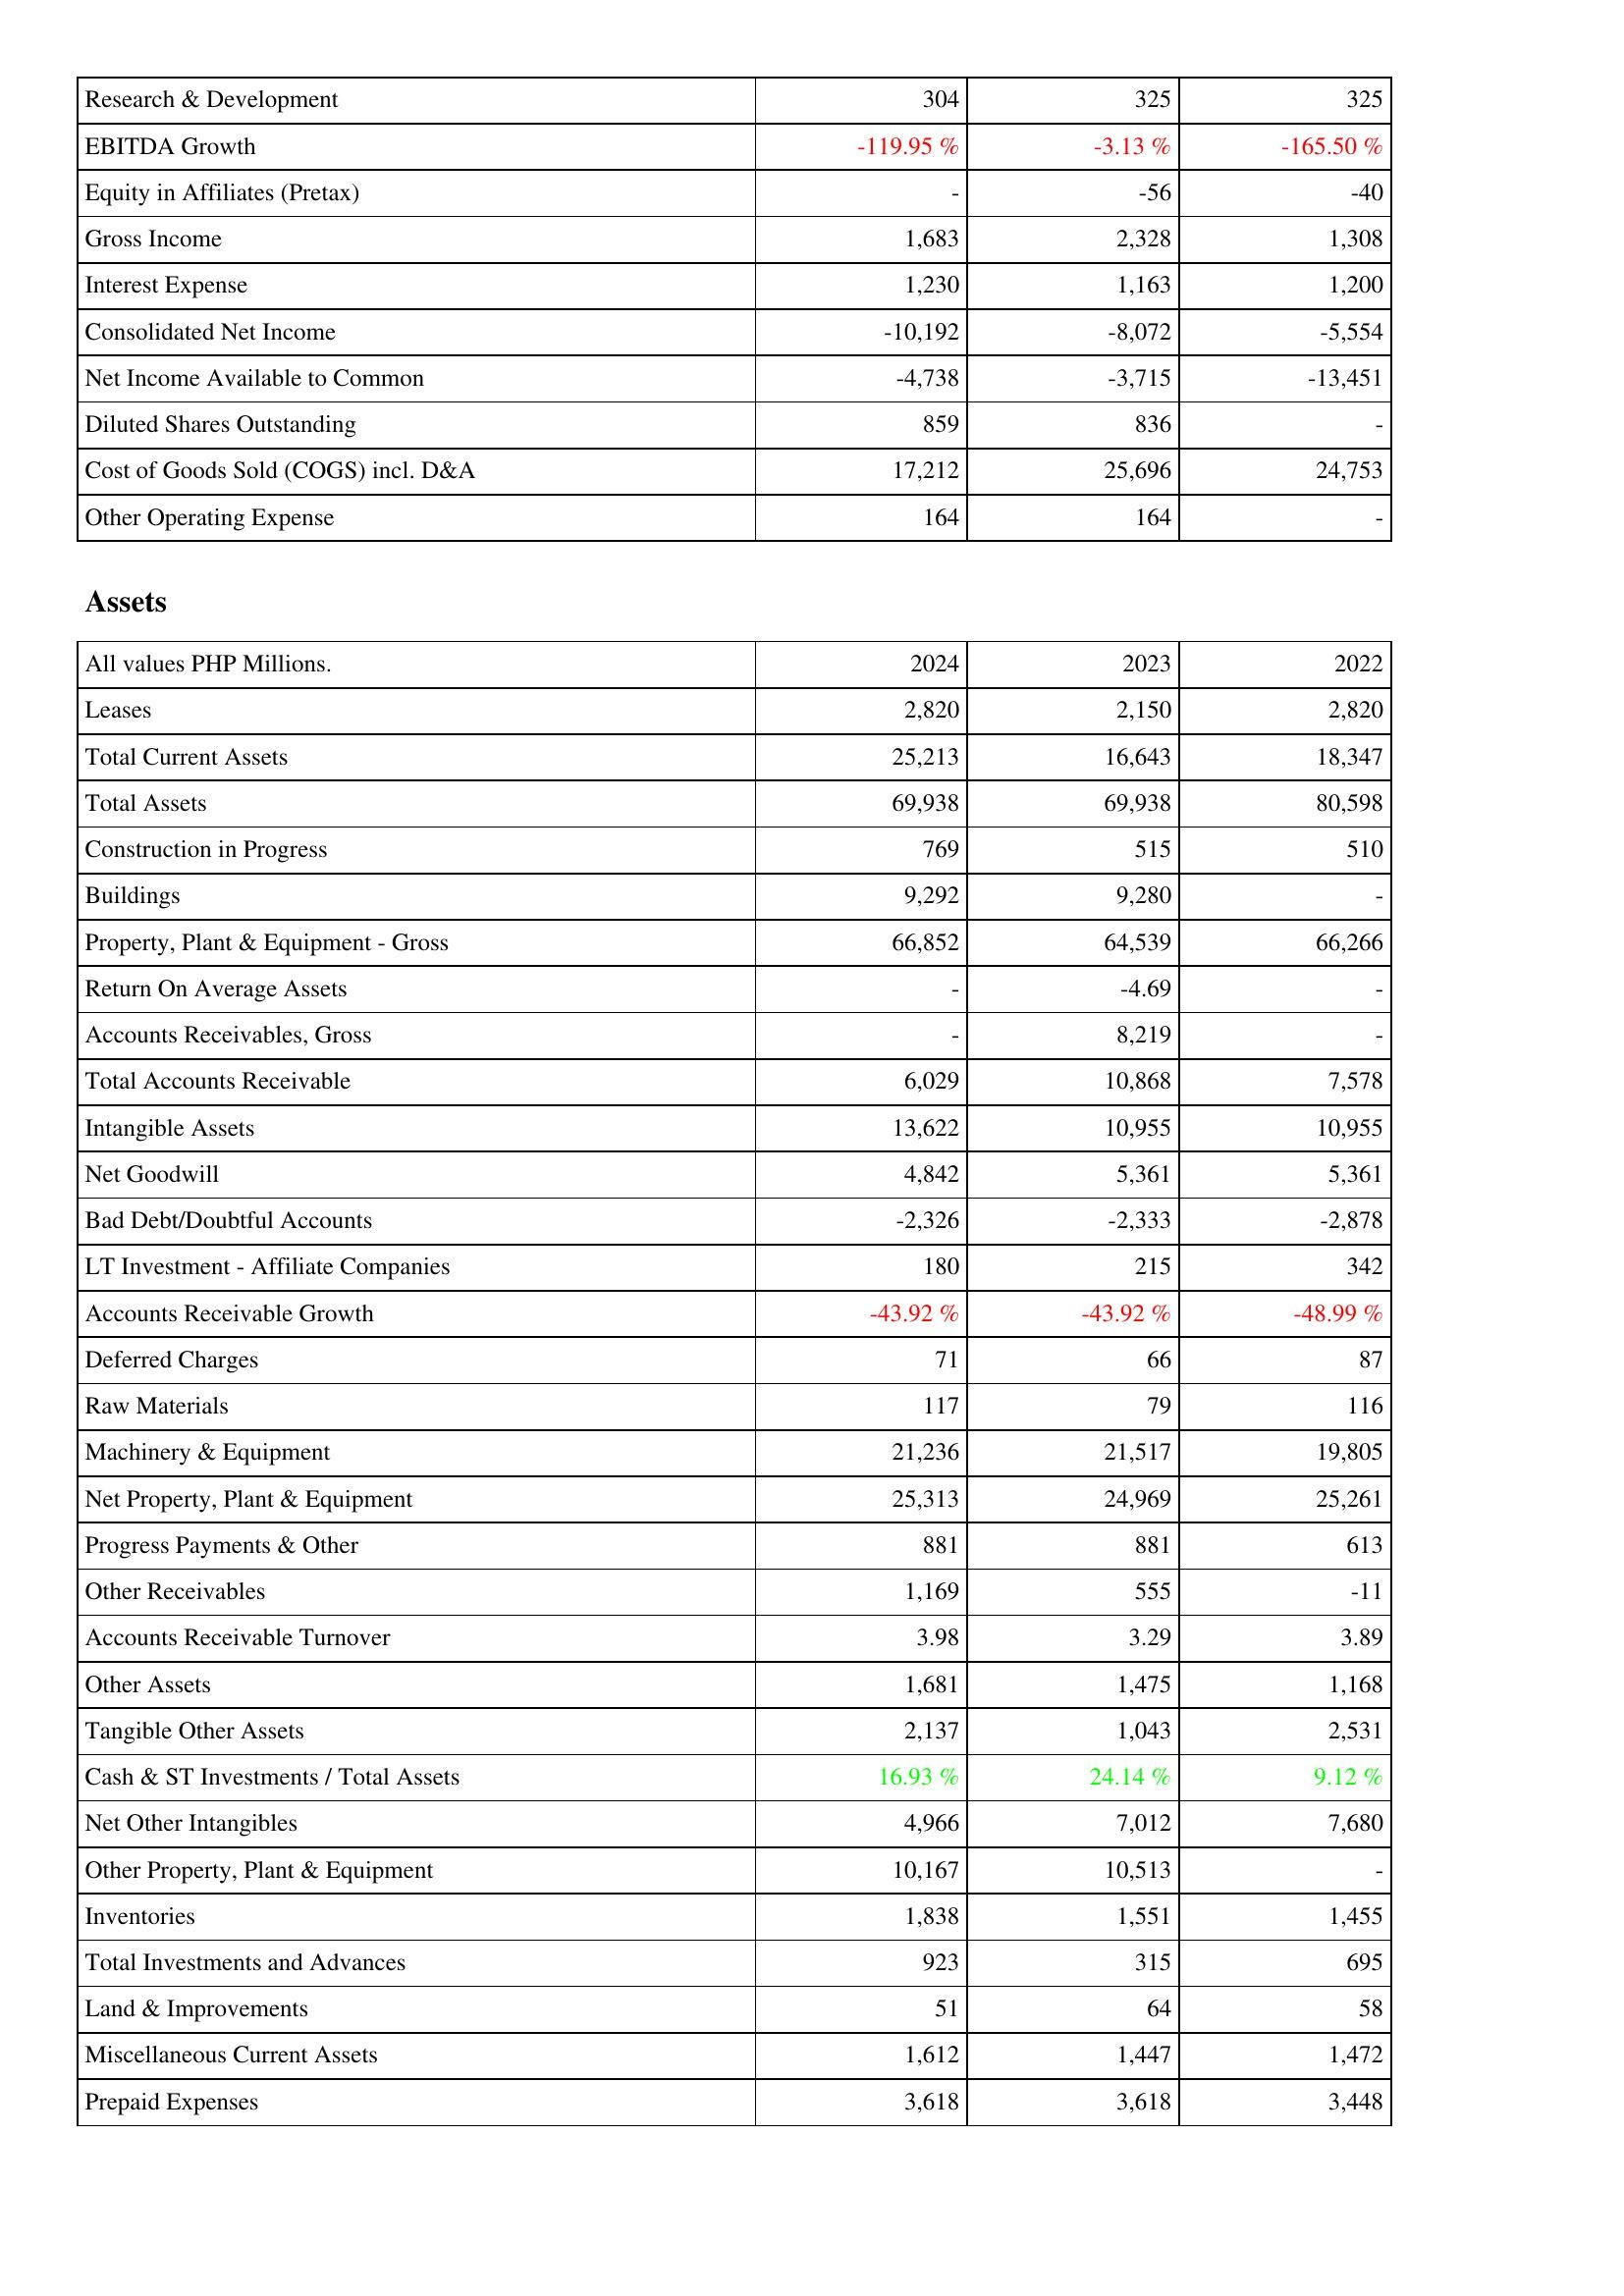
2024: Income Statement: Research & Development: 304
EBITDA Growth: -119.95 %
Equity in Affiliates (Pretax): -
Gross Income: 1,683
Interest Expense: 1,230
Consolidated Net Income: -10,192
Net Income Available to Common: -4,738
Diluted Shares Outstanding: 859
Cost of Goods Sold (COGS) incl. D&A: 17,212
Other Operating Expense: 164
Assets: Leases: 2,820
Total Current Assets: 25,213
Total Assets: 69,938
Construction in Progress: 769
Buildings: 9,292
Property, Plant & Equipment - Gross: 66,852
Return On Average Assets: -
Accounts Receivables, Gross: -
Total Accounts Receivable: 6,029
Intangible Assets: 13,622
Net Goodwill: 4,842
Bad Debt/Doubtful Accounts: -2,326
LT Investment - Affiliate Companies: 180
Accounts Receivable Growth: -43.92 %
Deferred Charges: 71
Raw Materials: 117
Machinery & Equipment: 21,236
Net Property, Plant & Equipment: 25,313
Progress Payments & Other: 881
Other Receivables: 1,169
Accounts Receivable Turnover: 3.98
Other Assets: 1,681
Tangible Other Assets: 2,137
Cash & ST Investments / Total Assets: 16.93 %
Net Other Intangibles: 4,966
Other Property, Plant & Equipment: 10,167
Inventories: 1,838
Total Investments and Advances: 923
Land & Improvements: 51
Miscellaneous Current Assets: 1,612
Prepaid Expenses: 3,618
2023: Income Statement: Research & Development: 325
EBITDA Growth: -3.13 %
Equity in Affiliates (Pretax): -56
Gross Income: 2,328
Interest Expense: 1,163
Consolidated Net Income: -8,072
Net Income Available to Common: -3,715
Diluted Shares Outstanding: 836
Cost of Goods Sold (COGS) incl. D&A: 25,696
Other Operating Expense: 164
Assets: Leases: 2,150
Total Current Assets: 16,643
Total Assets: 69,938
Construction in Progress: 515
Buildings: 9,280
Property, Plant & Equipment - Gross: 64,539
Return On Average Assets: -4.69
Accounts Receivables, Gross: 8,219
Total Accounts Receivable: 10,868
Intangible Assets: 10,955
Net Goodwill: 5,361
Bad Debt/Doubtful Accounts: -2,333
LT Investment - Affiliate Companies: 215
Accounts Receivable Growth: -43.92 %
Deferred Charges: 66
Raw Materials: 79
Machinery & Equipment: 21,517
Net Property, Plant & Equipment: 24,969
Progress Payments & Other: 881
Other Receivables: 555
Accounts Receivable Turnover: 3.29
Other Assets: 1,475
Tangible Other Assets: 1,043
Cash & ST Investments / Total Assets: 24.14 %
Net Other Intangibles: 7,012
Other Property, Plant & Equipment: 10,513
Inventories: 1,551
Total Investments and Advances: 315
Land & Improvements: 64
Miscellaneous Current Assets: 1,447
Prepaid Expenses: 3,618
2022: Income Statement: Research & Development: 325
EBITDA Growth: -165.50 %
Equity in Affiliates (Pretax): -40
Gross Income: 1,308
Interest Expense: 1,200
Consolidated Net Income: -5,554
Net Income Available to Common: -13,451
Diluted Shares Outstanding: -
Cost of Goods Sold (COGS) incl. D&A: 24,753
Other Operating Expense: -
Assets: Leases: 2,820
Total Current Assets: 18,347
Total Assets: 80,598
Construction in Progress: 510
Buildings: -
Property, Plant & Equipment - Gross: 66,266
Return On Average Assets: -
Accounts Receivables, Gross: -
Total Accounts Receivable: 7,578
Intangible Assets: 10,955
Net Goodwill: 5,361
Bad Debt/Doubtful Accounts: -2,878
LT Investment - Affiliate Companies: 342
Accounts Receivable Growth: -48.99 %
Deferred Charges: 87
Raw Materials: 116
Machinery & Equipment: 19,805
Net Property, Plant & Equipment: 25,261
Progress Payments & Other: 613
Other Receivables: -11
Accounts Receivable Turnover: 3.89
Other Assets: 1,168
Tangible Other Assets: 2,531
Cash & ST Investments / Total Assets: 9.12 %
Net Other Intangibles: 7,680
Other Property, Plant & Equipment: -
Inventories: 1,455
Total Investments and Advances: 695
Land & Improvements: 58
Miscellaneous Current Assets: 1,472
Prepaid Expenses: 3,448